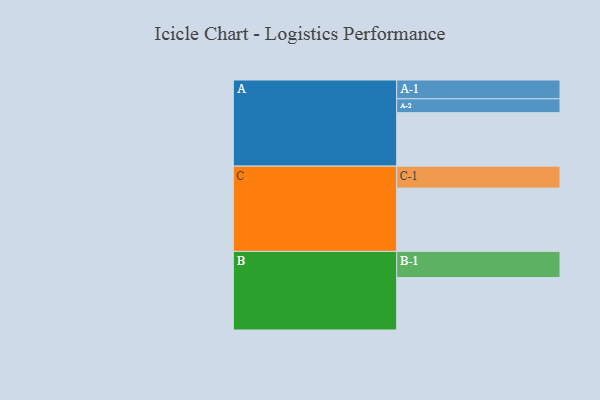
{"axis": {"x": "Segment", "y": "Value"}, "legend": ["", "A", "B", "C"], "data": [{"x": "A", "y": 424, "type": ""}, {"x": "B", "y": 416, "type": ""}, {"x": "C", "y": 502, "type": ""}, {"x": "A-1", "y": 149, "type": "A"}, {"x": "A-2", "y": 110, "type": "A"}, {"x": "B-1", "y": 207, "type": "B"}, {"x": "C-1", "y": 174, "type": "C"}]}